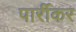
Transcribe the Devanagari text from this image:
पार्रीकर